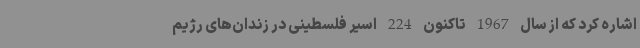
اشاره کرد که از سال 1967 تاکنون 224 اسیر فلسطینی در زندان‌های رژیم